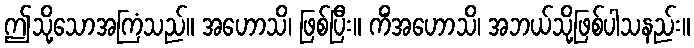
ဤသို့သောအကြံသည်။ အဟောသိ၊ ဖြစ်ပြီး။ ကိံအဟောသိ၊ အဘယ်သို့ဖြစ်ပါသနည်း။